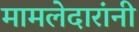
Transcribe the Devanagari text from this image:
मामलेदारांनी